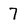
Character: 7